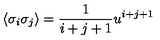
\langle \sigma _ { i } \sigma _ { j } \rangle = \frac { 1 } { i + j + 1 } u ^ { i + j + 1 }